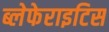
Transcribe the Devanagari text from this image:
ब्लेफेराइटिस